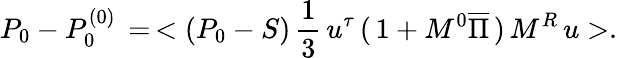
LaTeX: P_{0}-P_{0}^{(0)}\, =\, <(P_{0}-S)\, {\frac{1}{3}}\, u^{\tau}\, (\, 1+M^{0}\overline{{\Pi}}\, )\, M^{R}\, u>.